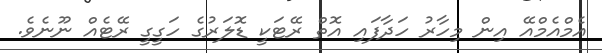
އެމްއެމްއޭ އިން މިހާރު ހަދާފައި އޮތް ރޭޓަކީ ޑޮލަރުގެ ހަގީގީ ރޭޓެއް ނޫނެވެ.